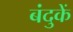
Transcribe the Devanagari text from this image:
बंदुकें